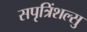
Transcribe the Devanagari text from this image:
सपृत्रिंशल्सु